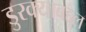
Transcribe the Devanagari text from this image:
डुरक्याबद्दल